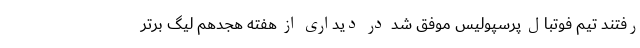
رفتند تیم فوتبال پرسپولیس موفق شد در دیداری از هفته هجدهم لیگ برتر